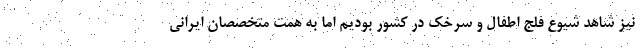
نیز شاهد شیوع فلج اطفال و سرخک در کشور بودیم اما به همت متخصصان ایرانی